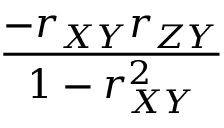
\frac { - r _ { X Y } r _ { Z Y } } { 1 - r _ { X Y } ^ { 2 } }